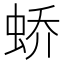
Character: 𫊸